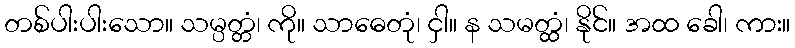
တစ်ပါးပါးသော။ သမ္ပတ္တံ၊ ကို။ သာဓေတုံ၊ ငှါ။ န သမတ္ထံ၊ နိုင်။ အထ ခေါ၊ ကား။